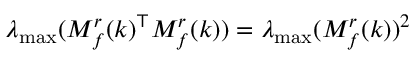
\lambda _ { \operatorname* { m a x } } ( M _ { f } ^ { r } ( k ) ^ { \top } M _ { f } ^ { r } ( k ) ) = \lambda _ { \operatorname* { m a x } } ( M _ { f } ^ { r } ( k ) ) ^ { 2 }